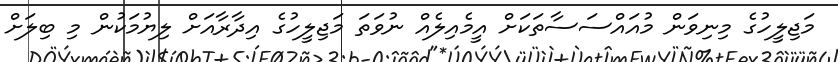
މަޖިލީހުގެ މިނިވަން މުއައްސަސާތަކަށް އީމެެއިލެއް ނުވަތަ މަޖިލީހުގެ އިދާރާއަށް ލިޔުމަކުން މި ބިލަށް